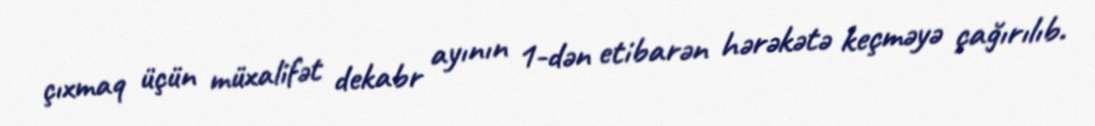
çıxmaq üçün müxalifət dekabr ayının 1-dən etibarən hərəkətə keçməyə çağırılıb.